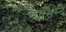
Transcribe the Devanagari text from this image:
वासिन्दे